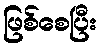
ဖြစ်စေပြီး